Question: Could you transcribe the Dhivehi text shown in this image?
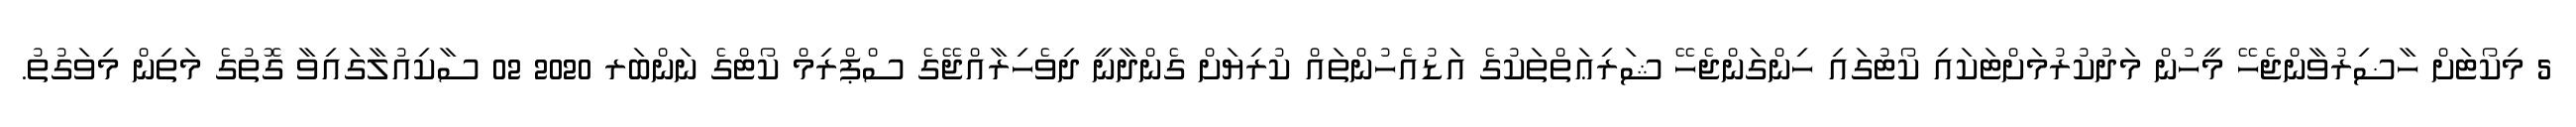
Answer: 5 މިކޯޓަށް ހާޟިރުވާންޖެހޭ މީހުން މަދުކުރުމަށްޓަކައި ކޯޓުގައި ހިންގަންޖެހޭ ޝަރިޢަތްތަކުގެ އަޑުއެހުންތައް ކުރިޔަށް ގެންދާނީ ދިވެހިރާއްޖޭގެ ސްޕްރިމް ކޯޓްގެ ނަންބަރ 2020 02 ސާކިއުލާގައިވާ ގޮތުގެ މަތިން މިވަގުތު.